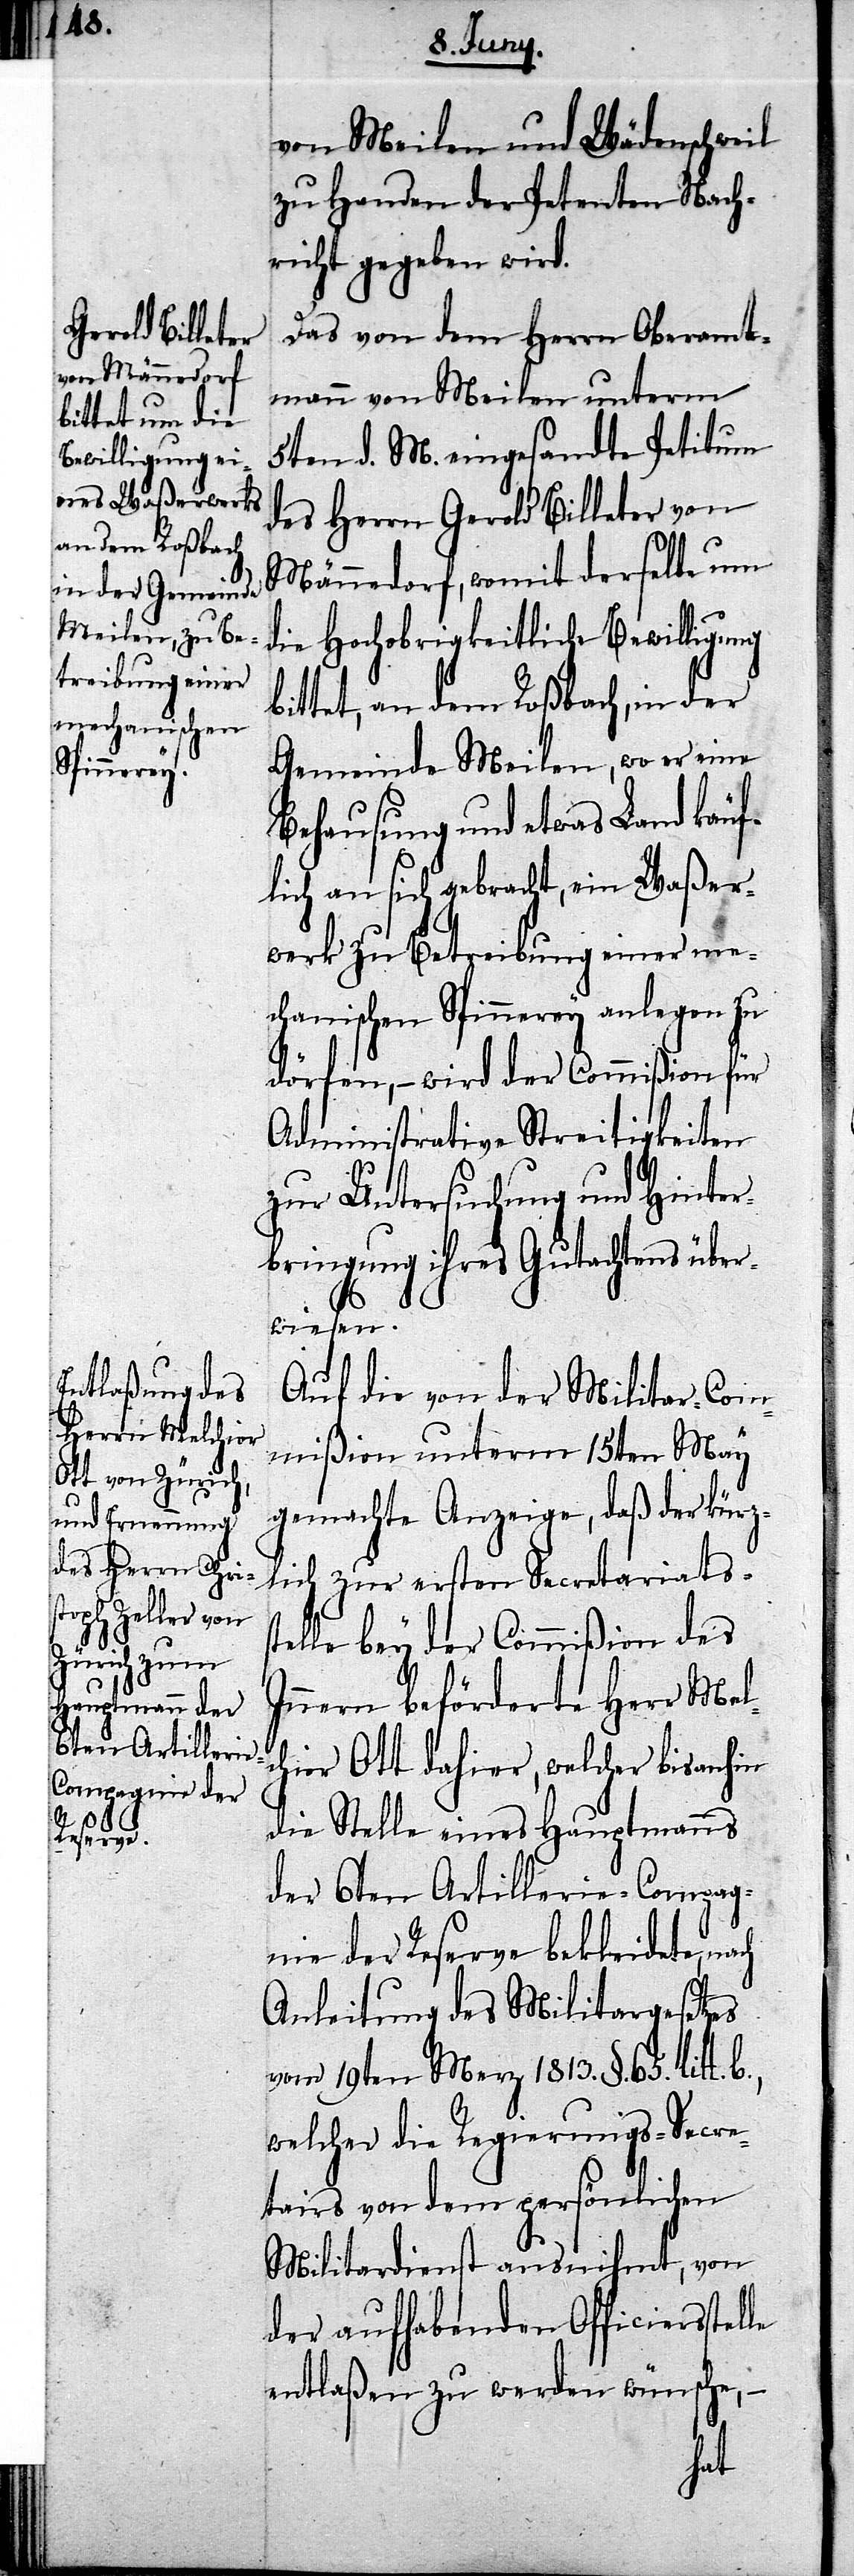
von Meilen und Wädenschweil
zu Handen der Petenten Nach¬
richt gegeben wird.
Das von dem Herrn Oberamt¬
mann von Meilen unterm
5ten d. M. eingesandte Petitum
des Herrn Gerold Billeter von
Männedorf, womit derselbe um
die Hochobrigkeitliche Bewilligung
bittet, an dem Roßbach, in der
Gemeinde Meilen, wo er eine
Behausung und etwas Land käuf¬
lich an sich gebracht, ein Waßer¬
werk zu Betreibung einer me¬
chanischen Spinnerey anlegen zu
dürfen, – wird der Commißion für
Administrative Streitigkeiten
zur Untersuchung und Hinter¬
bringung ihres Gutachtens über¬
wiesen.
Auf die von der Militar-Com¬
mißion unterm 15ten May
gemachte Anzeige, daß der kürz¬
lich zur ersten Secretariatsst¬
elle bey der Commißion des
Innern beförderte Herr Mel¬
chior Ott dahier, welcher bis anhin
die Stelle eines Hauptmanns
der 6ten Artiellerie-Compag¬
nie der Reserve bekleidete,
Anleitung des Militargesetzes
vom 19ten Merz 1813. §. 65. litt.
welcher die Regierungs-Secre¬
tairs von dem persönlichen
Militardienst ausnihmt, von
der aufhabenden Officiersstel¬
entlaßen zu werden wünsche, –
le